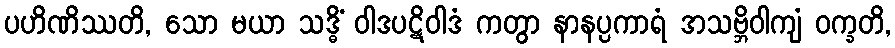
ပဟိဏိဿတိ, သော မယာ သဒ္ဓိံ ဝါဒပဋိဝါဒံ ကတွာ နာနပ္ပကာရံ အသဗ္ဘိဝါကျံ ဝက္ခတိ,